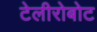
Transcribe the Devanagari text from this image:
टेलीरोबोट